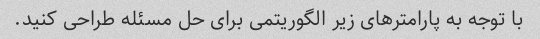
با توجه به پارامترهای زیر الگوریتمی برای حل مسئله طراحی کنید.